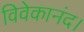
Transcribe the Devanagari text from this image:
विवेकानंद।